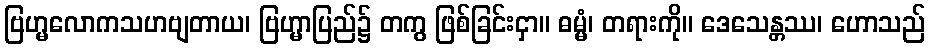
ဗြဟ္မလောကသဟဗျတာယ၊ ဗြဟ္မာပြည်၌ တကွ ဖြစ်ခြင်းငှာ။ ဓမ္မံ၊ တရားကို။ ဒေသေန္တဿ၊ ဟောသည်